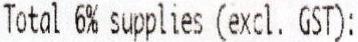
TOTAL 6% SUPPLIES (EXCL. GST):